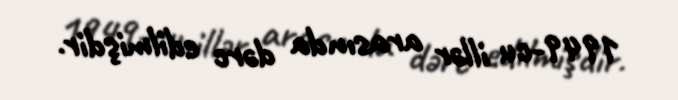
1949-cu illər arasında dərc edilmişdir.